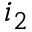
i _ { 2 }